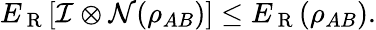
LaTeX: E_{\mathrm{~R~}}[\mathcal{I}\otimes\mathcal{N}(\rho_{AB})]\leq E_{\mathrm{~R~}}(\rho_{AB}).